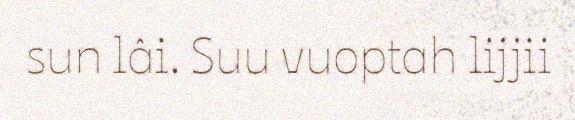
sun lâi. Suu vuoptah lijjii